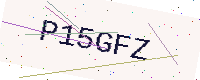
Text: P15GFZ